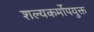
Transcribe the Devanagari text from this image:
शल्यकर्मोपयुक्त